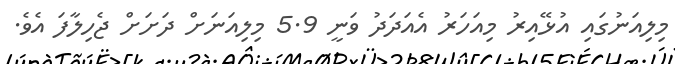
މިލިއަނުގައި އުޅޭއިރު މިއަހަރު އެއަދަދު ވަނީ 5.9 މިލިއަނަށް ދަށަށް ޖެހިލާފަ އެވެ.